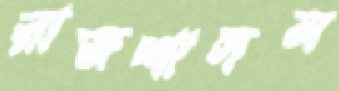
রাজশাসন